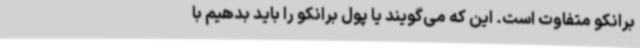
برانکو متفاوت است. این که می‌گویند یا پول برانکو را باید بدهیم با